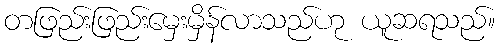
တဖြည်းဖြည်းမှေးမှိန်လာသည်ဟု ယူဆရသည်။